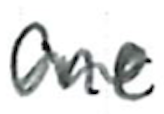
Text: one
Cross-out: wave
Writing tool: ballpoint